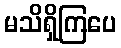
မသိရှိကြပေ